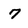
Character: 7